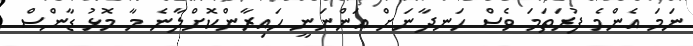
ނަމަ އެންމެ ފުރަތަމަ ވެސް ހަނދާނަށް އަންނަނީ ހައިރާންކޮށްލާނެ މާ މޮޅު ޑާންސް